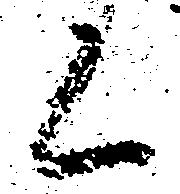
く